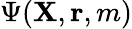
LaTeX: \Psi({\mathbf{X}},{\mathbf{r}},m)